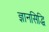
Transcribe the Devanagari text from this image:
ज्ञानसिद्धि